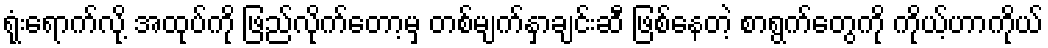
ရုံးရောက်လို့ အထုပ်ကို ဖြည်လိုက်တော့မှ တစ်မျက်နှာချင်းဆီ ဖြစ်နေတဲ့ စာရွက်တွေကို ကိုယ့်ဟာကိုယ်